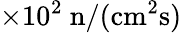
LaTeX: \times 10^{2}\mathrm{~n/(cm^{2}s)}